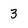
Character: 3